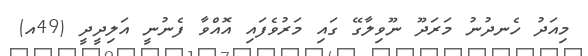
މިއަދު ހެނދުނު މަރަދޫ ނޫވިލާގޭ ގައި މަރުވެފައި އޮއްވާ ފެނުނީ އަލިދީދީ (49އ)